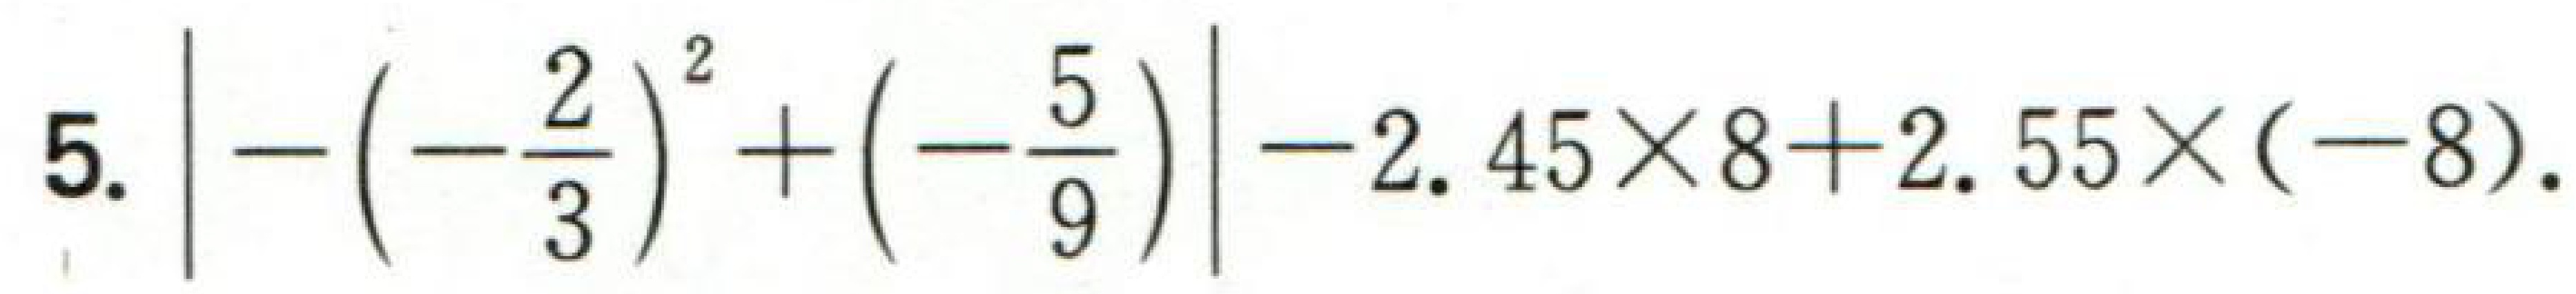
$5.\left|-\left(-\frac{2}{3}\right)^{2}+\left(-\frac{5}{9}\right)\right|-2.45\times 8 + 2.55\times(-8).$